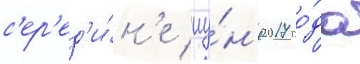
с'ер'ед'и́н'е иу́н'я 2017 го́да